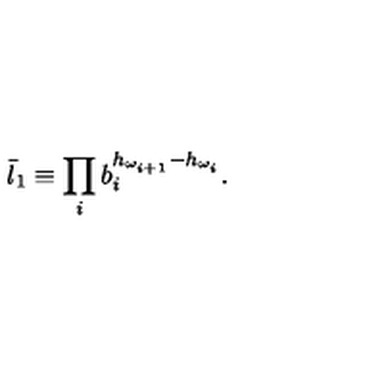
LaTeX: \bar { l } _ { 1 } \equiv \prod _ { i } b _ { i } ^ { h _ { \omega _ { i + 1 } } - h _ { \omega _ { i } } } .